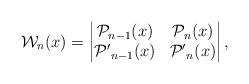
LaTeX: \begin{align*}\mathcal{W}_n(x)=\begin{vmatrix}\mathcal{P}_{n-1}(x) & \mathcal{P}_{n}(x)\\\mathcal{P'}_{n-1}(x) & \mathcal{P'}_{n}(x)\end{vmatrix},\end{align*}